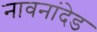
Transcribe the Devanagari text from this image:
नावनांदेड